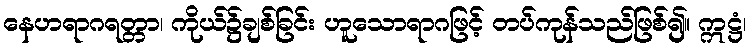
နေဟရာဂရတ္တာ၊ ကိုယ်၌ချစ်ခြင်း ဟူသောရာဂဖြင့် တပ်ကုန်သည်ဖြစ်၍။ ဣဋ္ဌံ၊